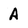
Character: A